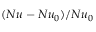
( N u - N u _ { 0 } ) / N u _ { 0 }